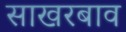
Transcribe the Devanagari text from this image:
साखरबाव